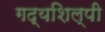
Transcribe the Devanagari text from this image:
गद्यशिल्पी